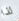
لذا